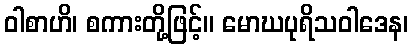
ဝါစာဟိ၊ စကားတို့ဖြင့်။ မောဃပုရိသဝါဒေန၊